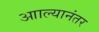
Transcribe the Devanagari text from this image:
आाल्यानंतर